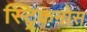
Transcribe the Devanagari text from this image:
स्ट्रिकनोस